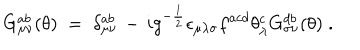
G _ { \mu \nu } ^ { a b } ( \theta ) \; = \; \delta _ { \mu \nu } ^ { a b } \, - \, i g ^ { - \frac { 1 } { 2 } } \epsilon _ { \mu \lambda \sigma } f ^ { a c d } \theta _ { \lambda } ^ { c } G _ { \sigma \nu } ^ { d b } ( \theta ) \; .